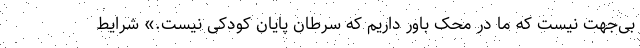
بی‌جهت نیست که ما در محک باور داریم که سرطان پایان کودکی نیست.» شرایط